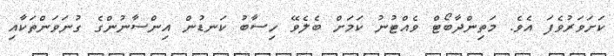
ކަށަވަރުވެފަ އެވެ. މަތިންދާބޯޓް ވެއްޓުނު ކަމަށް ބެލެވޭ ހިސާބު ކަނޑުން އިންސާނުންގެ ގުނަވަަންތަކާއި